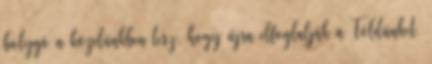
bolygó a közelünkben lesz, hogy újra elfoglalják a Földünket.